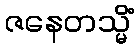
ဇနေတသ္မိံ